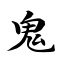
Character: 鬼